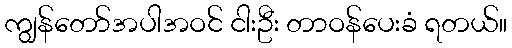
ကျွန်တော်အပါအဝင် ငါးဦး တာဝန်ပေးခံ ရတယ်။